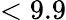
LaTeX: <9.9